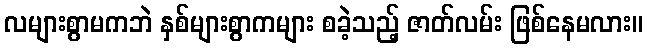
လများစွာမကဘဲ နှစ်များစွာကများ စခဲ့သည့် ဇာတ်လမ်း ဖြစ်နေမလား။